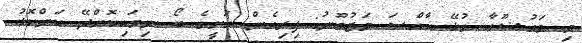
މި މައުޟޫޢާ ގުޅޭ ޚާއްޞަ މަޒުމޫނު: ފިރިހެން ހަށީގެ ބޯ ނިވައިކޮށްދޭ ހަންކޮޅު